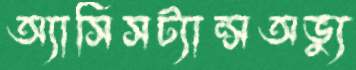
অ্যাসিসট্যান্সঅভ্যু